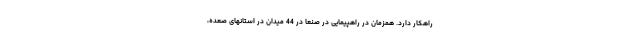
راهکار دارد. همزمان در راهپیمایی در صنعا در 44 میدان در استانهای صعده،